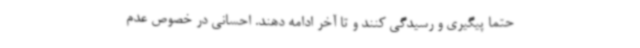
حتما پیگیری و رسیدگی کنند و تا آخر ادامه دهند. احسانی در خصوص عدم